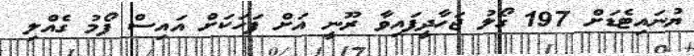
ޔުނައިޓެޑަށް 197 ގޯލު ޖަހާދީފައިވާ ރޫނީ އަށް ފަހަކަށް އައިސް ފޯމު ގެއްލި